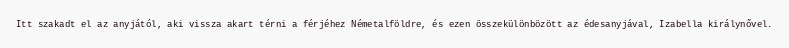
Itt szakadt el az anyjától, aki vissza akart térni a férjéhez Németalföldre, és ezen összekülönbözött az édesanyjával, Izabella királynővel.